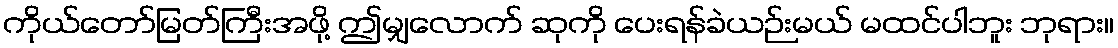
ကိုယ်တော်မြတ်ကြီးအဖို့ ဤမျှလောက် ဆုကို ပေးရန်ခဲယဉ်းမယ် မထင်ပါဘူး ဘုရား။